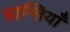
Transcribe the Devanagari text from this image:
भ्रान्तियाँ